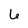
Character: 6